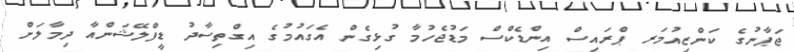
ޖަޕާނުގެ ކަންޒިއުމަރ ޕްރައިސް އިންޑެކްސް މަޑުޖެހުމާ ގުޅިގެން އެގައުމުގެ އިގްތިސާދު ޑީފްލޭޝަންއާ ދިމާލަށް